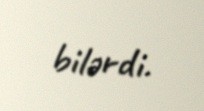
bilərdi.